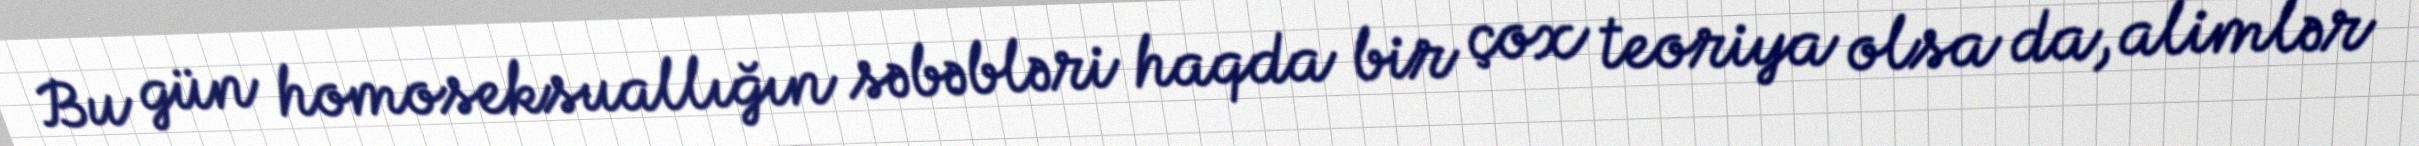
Bu gün homoseksuallığın səbəbləri haqda bir çox teoriya olsa da, alimlər